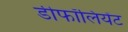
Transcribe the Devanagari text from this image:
डीफॉलियेंट